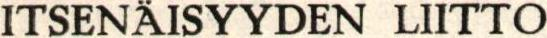
ITSENÄISYYDEN LIITTO